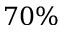
7 0 \%